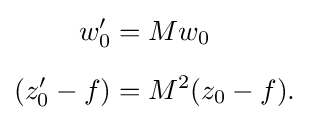
{\begin{aligned}w_{0}'&=Mw_{0}\\[1.2ex](z_{0}'-f)&=M^{2}(z_{0}-f).\end{aligned}}